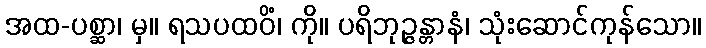
အထ-ပစ္ဆာ၊ မှ။ ရသပထဝိံ၊ ကို။ ပရိဘုဉ္ဇန္တာနံ၊ သုံးဆောင်ကုန်သော။